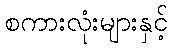
စကားလုံးများနှင့်